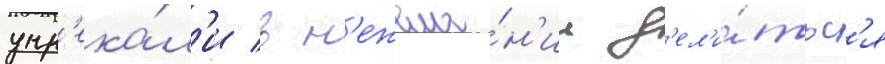
упр'ека́л'и в н'ежела́н'ии д'ел'и́тьс'я